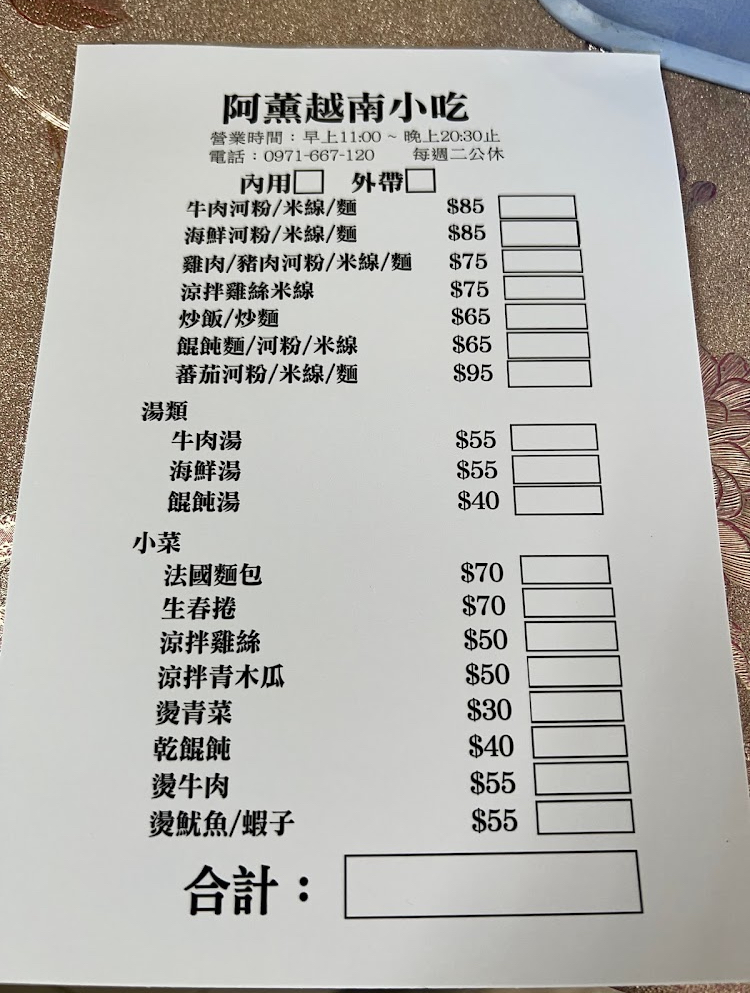
餐廳：阿薰越南小吃
電話：0971-667-120
營業時間：早上11:00~晚上20:30止，每週二公休
菜單：
name: 牛肉河粉/米線/麵
price: 85
name: 海鮮河粉/米線/麵
price: 85
name: 雞肉/豬肉河粉/米線/麵
price: 75
name: 涼拌雞絲米線
price: 75
name: 炒飯/炒麵
price: 65
name: 餛飩麵/河粉/米線
price: 65
name: 蕃茄河粉/米線/麵
price: 95
name: 牛肉湯
price: 55
name: 海鮮湯
price: 55
name: 餛飩湯
price: 40
name: 法國麵包
price: 70
name: 生春捲
price: 70
name: 涼拌雞絲
price: 50
name: 涼拌青木瓜
price: 50
name: 燙青菜
price: 30
name: 乾餛飩
price: 40
name: 燙牛肉
price: 55
name: 燙魷魚/蝦子
price: 55